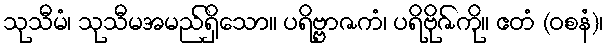
သုသီမံ၊ သုသီမအမည်ရှိသော။ ပရိဗ္ဗာဇကံ၊ ပရိဗိုဇ်ကို။ ဧတံ (ဝစနံ)၊